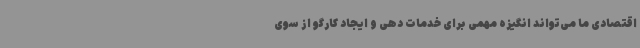
اقتصادی ما می‌تواند انگیزه مهمی برای خدمات دهی و ایجاد کارگو از سوی